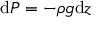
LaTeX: \mathrm { d } P = - \rho g \mathrm { d } z